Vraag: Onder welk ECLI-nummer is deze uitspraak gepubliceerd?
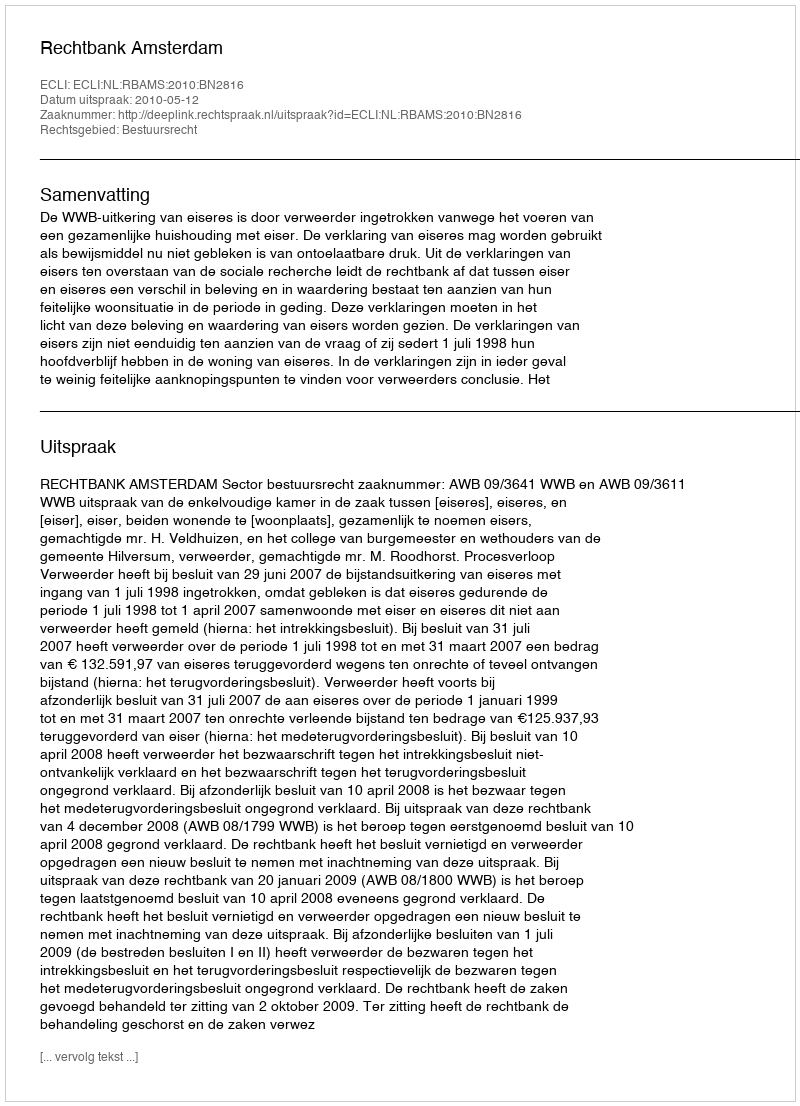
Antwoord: ECLI:NL:RBAMS:2010:BN2816